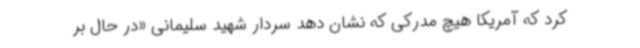
کرد که آمریکا هیچ مدرکی که نشان دهد سردار شهید سلیمانی «در حال بر